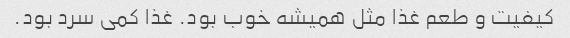
کیفیت و طعم غذا مثل همیشه خوب بود. غذا کمی سرد بود.